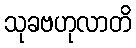
သုခဗဟုလာတိ